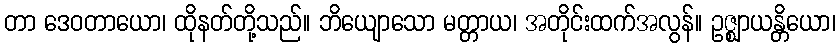
တာ ဒေဝတာယော၊ ထိုနတ်တို့သည်။ ဘိယျောသော မတ္တာယ၊ အတိုင်းထက်အလွန်။ ဥဇ္ဈာယန္တိယော၊